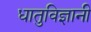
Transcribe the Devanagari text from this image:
धातुविज्ञानी